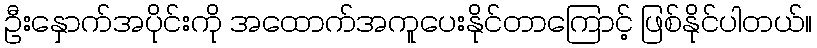
ဦးနှောက်အပိုင်းကို အထောက်အကူပေးနိုင်တာကြောင့် ဖြစ်နိုင်ပါတယ်။